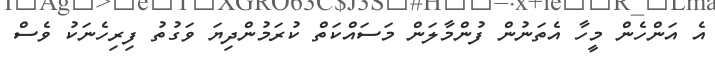
އެ އަންހެން މީހާ އެތަނުން ފުންމާލަން މަސައްކަތް ކުރަމުންދިޔަ ވަގުތު ފިރިހެނަކު ވެސް